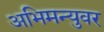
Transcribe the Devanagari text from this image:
अभिमन्युवर